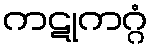
ကဋုကဂ္ဂံ